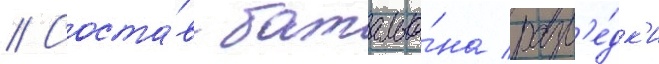
// Соста́в батальо́на разв'е́дк'и